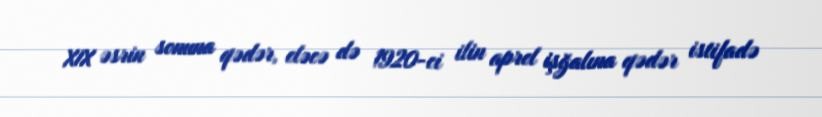
XIX əsrin sonuna qədər, eləcə də 1920-ci ilin aprel işğalına qədər istifadə